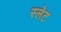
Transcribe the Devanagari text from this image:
स्‍लेट